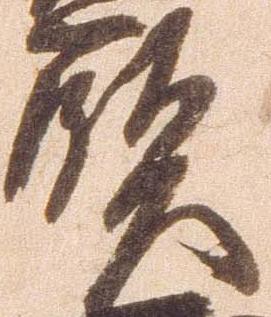
賢